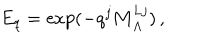
E _ { q } = \exp ( - q ^ { j } { \bf M } _ { \Lambda } ^ { L j } ) \, ,